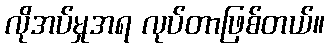
လိုအပ်မှုအရ လုပ်တာဖြစ်တယ်။